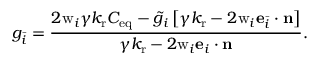
g _ { \bar { i } } = \frac { 2 \mathrm { w } _ { i } \gamma { k _ { \mathrm { r } } C _ { \mathrm { e q } } - \tilde { g } _ { i } \left[ { \gamma k _ { \mathrm { r } } - 2 \mathrm { w } _ { i } \mathbf { e } _ { \bar { i } } \cdot \mathbf { n } } \right] } } { { \gamma k _ { \mathrm { r } } - 2 \mathrm { w } _ { i } \mathbf { e } _ { i } \cdot \mathbf { n } } } .